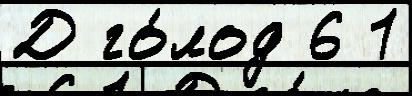
Д го́лод 6 1